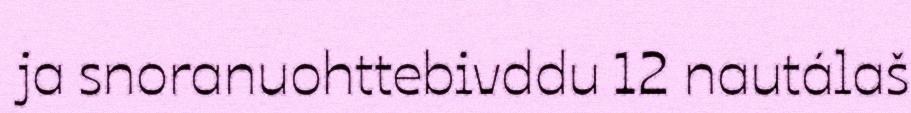
ja snoranuohttebivddu 12 nautálaš